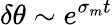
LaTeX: \delta\theta\sim e^{\sigma_{m}t}